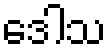
ဒေါသ